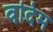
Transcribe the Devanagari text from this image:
वदिम